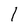
Character: 1